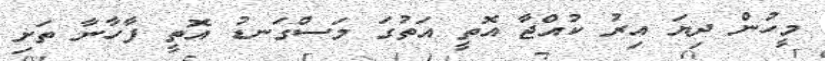
މީހުން ދިޔަ އިރު ކުއްޖާ އޮތީ އަތުގަ މަސްގަނޑު އޮތީ ފާހާނާ ތަށި